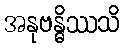
အနုဗန္ဓိဿသိ